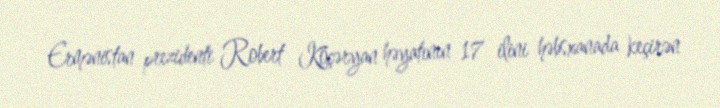
Ermənistan prezidenti Robert Köçəryan həyatının 17 ilini həbsxanada keçirən